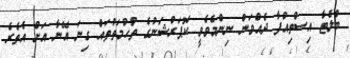
ބްލެޓާ އިސްތިއުފާ ދެއްވަން ނިންމެވެވީ ކޮޕަރްޝަނުގެ ތުހުމަތުތައް ގިނަ އޭނާ އަށް އެތެރެ